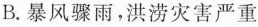
B.暴风骤雨，洪涝灾害严重